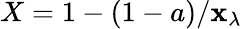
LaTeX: X=1-(1-a)/\mathbf{x}_{\lambda}